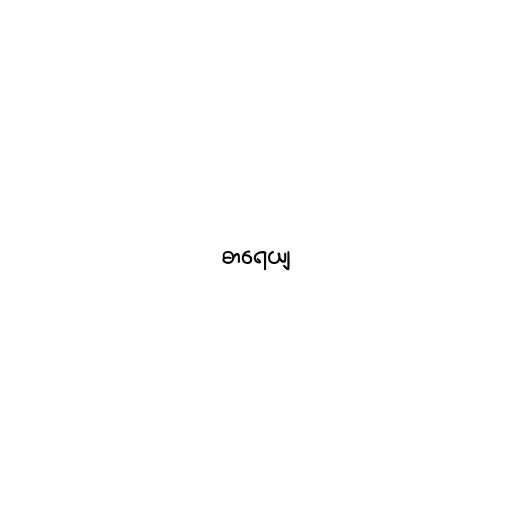
ဓာရေယျ